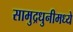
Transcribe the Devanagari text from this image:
सामुद्रधुनीमध्ये